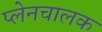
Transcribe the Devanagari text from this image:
प्लेनचालक